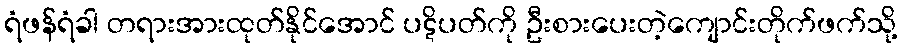
ရံဖန်ရံခါ တရားအားထုတ်နိုင်အောင် ပဋိပတ်ကို ဦးစားပေးတဲ့ကျောင်းတိုက်ဖက်သို့